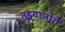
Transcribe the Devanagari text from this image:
तुझ्याजोगे